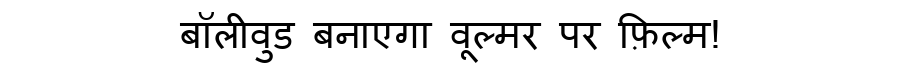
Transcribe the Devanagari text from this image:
बॉलीवुड बनाएगा वूल्मर पर फ़िल्म!